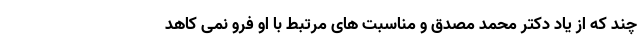
چند که از یاد دکتر محمد مصدق و مناسبت های مرتبط با او فرو نمی کاهد